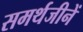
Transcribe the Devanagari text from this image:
समर्थजीनें